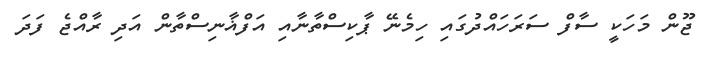
ޖޫން މަހަކީ ސާފް ސަރަހައްދުގައި ހިމެނޭ ޕާކިސްތާނާއި އަފްޣާނިސްތާން އަދި ރާއްޖެ ފަދަ